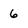
Character: 6